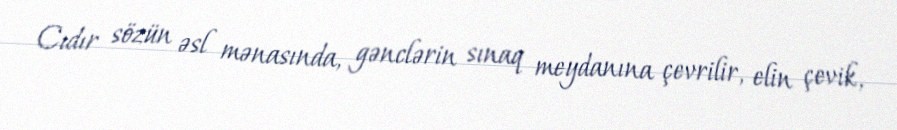
Cıdır sözün əsl mənasında, gənclərin sınaq meydanına çevrilir, elin çevik,